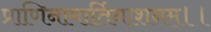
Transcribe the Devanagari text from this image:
प्राणिनामार्तिनाशनम्।।